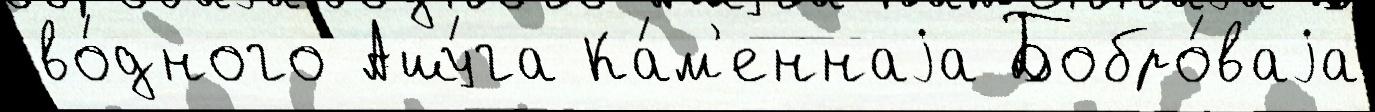
во́дного Ашу́га Ка́м'еннаjа Бобро́ваjа